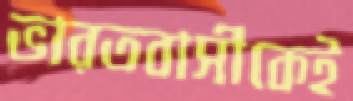
ভারতবাসীকেই